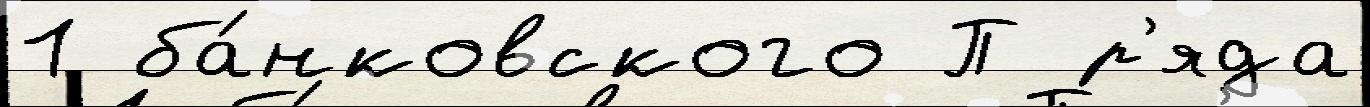
1 ба́нковского П р'яда